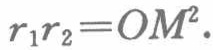
\(r_{1}r_{2}=OM^{2}.\)